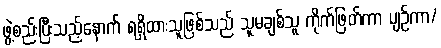
ဖွဲ့စည်းပြီးသည့်နောက် ရရှိထားသူဖြစ်သည် သူမချစ်သူ ကိုက်ဖြတ်ကာ ပျဉ်ကာ/